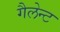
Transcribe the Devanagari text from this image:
गैलेन्ट